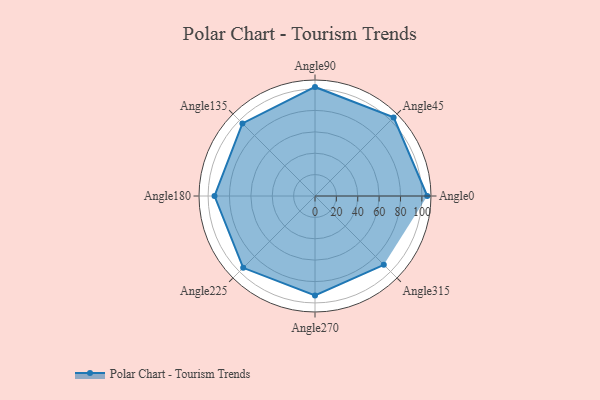
{"axis": {"x": "Angle", "y": "Radius"}, "legend": [""], "data": [{"x": "Angle0", "y": 105.0, "type": ""}, {"x": "Angle45", "y": 104.0, "type": ""}, {"x": "Angle90", "y": 102.0, "type": ""}, {"x": "Angle135", "y": 96.0, "type": ""}, {"x": "Angle180", "y": 94.0, "type": ""}, {"x": "Angle225", "y": 95.0, "type": ""}, {"x": "Angle270", "y": 93.0, "type": ""}, {"x": "Angle315", "y": 91.0, "type": ""}]}